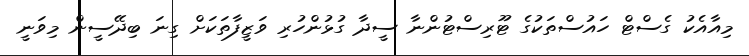
މިއާއެކު ގެސްޓް ހައުސްތަކުގެ ޓޫރިސްޓުންނާ ސީދާ ގުޅުންހުރި ވަޒީފާތަކަށް ގިނަ ބިދޭސީން މިވަނީ